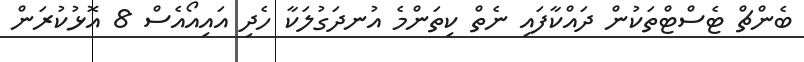
ބެންޗް ޓެސްޓްތަކުން ދައްކާފައި ނެތް ކިތަންމެ އުނދަގުލަކާ ހެދި އައިއޯއެސް 8 އޮޅުކުރަން